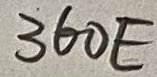
Text: 360E